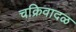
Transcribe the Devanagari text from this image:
चक्रिवादळ